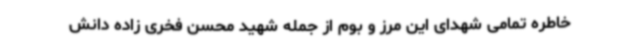
خاطره تمامی شهدای این مرز و بوم از جمله شهید محسن فخری زاده دانش